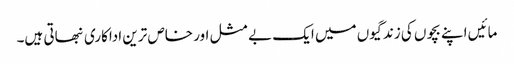
مائیں اپنے بچوں کی زندگیوں میں ایک بے مثل اور خاص ترین اداکاری نبھاتی ہیں۔